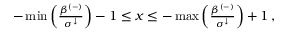
\begin{array} { r } { - \operatorname* { m i n } \left( \frac { \beta ^ { ( - ) } } { \sigma ^ { \downarrow } } \right) - 1 \leq x \leq - \operatorname* { m a x } \left( \frac { \beta ^ { ( - ) } } { \sigma ^ { \downarrow } } \right) + 1 \, , } \end{array}